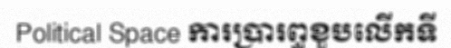
Political Space ការប្រារព្ធខួបលើកទី